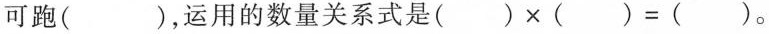
可跑( )，运用的数量关系式是$$( ) \times ( ) = ( )$$。